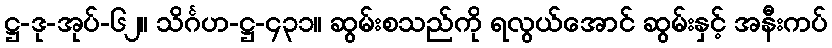
ဋ္ဌ-ဒု-အုပ်-၆၂။ သိင်္ဂဟ-ဋ္ဌ-၄၃၁။ ဆွမ်းစသည်ကို ရလွယ်အောင် ဆွမ်းနှင့် အနီးကပ်